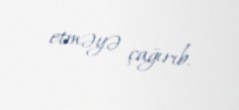
etməyə çağırıb.